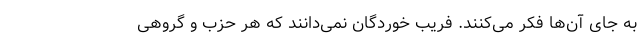
به جای آن‌ها فکر می‌کنند. فریب خوردگان نمی‌دانند که هر حزب و گروهی